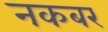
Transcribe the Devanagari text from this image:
नकबर